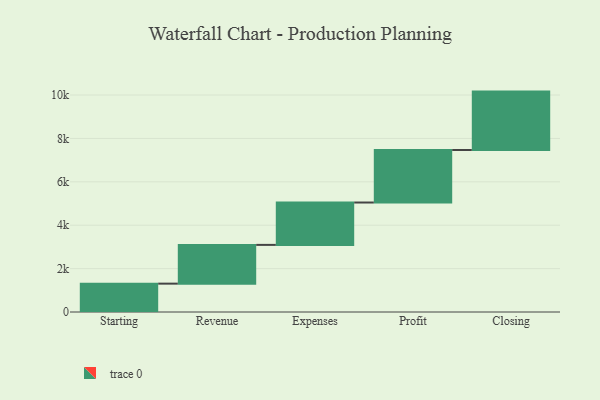
{"axis": {"x": "Step", "y": "Value"}, "legend": [""], "data": [{"x": "Starting", "y": 1307.0, "type": ""}, {"x": "Revenue", "y": 1786.0, "type": ""}, {"x": "Expenses", "y": 1953.0, "type": ""}, {"x": "Profit", "y": 2421.0, "type": ""}, {"x": "Closing", "y": 2691.0, "type": ""}]}